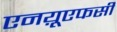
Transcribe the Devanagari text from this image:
एनय़ूएफसी